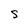
Character: S